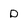
Character: D